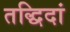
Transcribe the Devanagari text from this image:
तद्धिदां